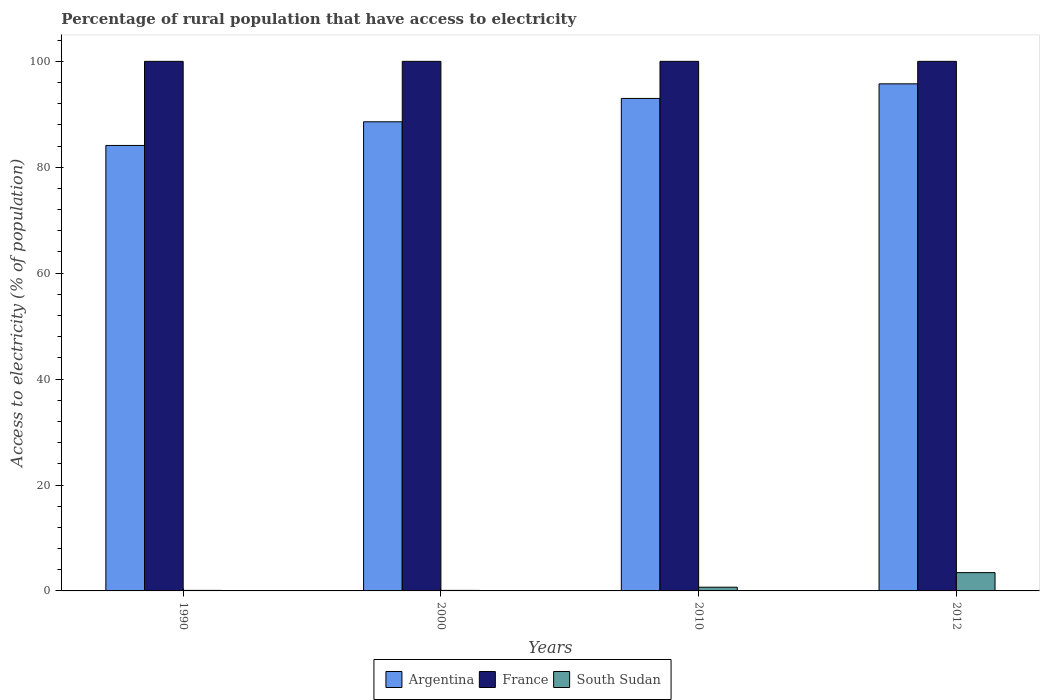
| Years | Argentina | France | South Sudan |
 | --- | --- | --- | --- |
 | 1990 | 84.1 | 100 | 0.1 |
 | 2000 | 88.6 | 100 | 0.1 |
 | 2010 | 93 | 100 | 0.7 |
 | 2012 | 95.8 | 100 | 3.45 |